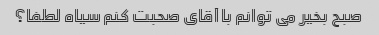
صبح بخیر می توانم با آقای صحبت کنم سیاه لطفا؟